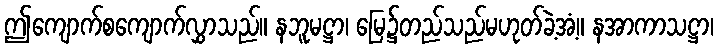
ဤကျောက်စကျောက်လွှာသည်။ နဘူမဋ္ဌာ၊ မြေ၌တည်သည်မဟုတ်ခဲ့အံ့။ နအာကာသဋ္ဌာ၊